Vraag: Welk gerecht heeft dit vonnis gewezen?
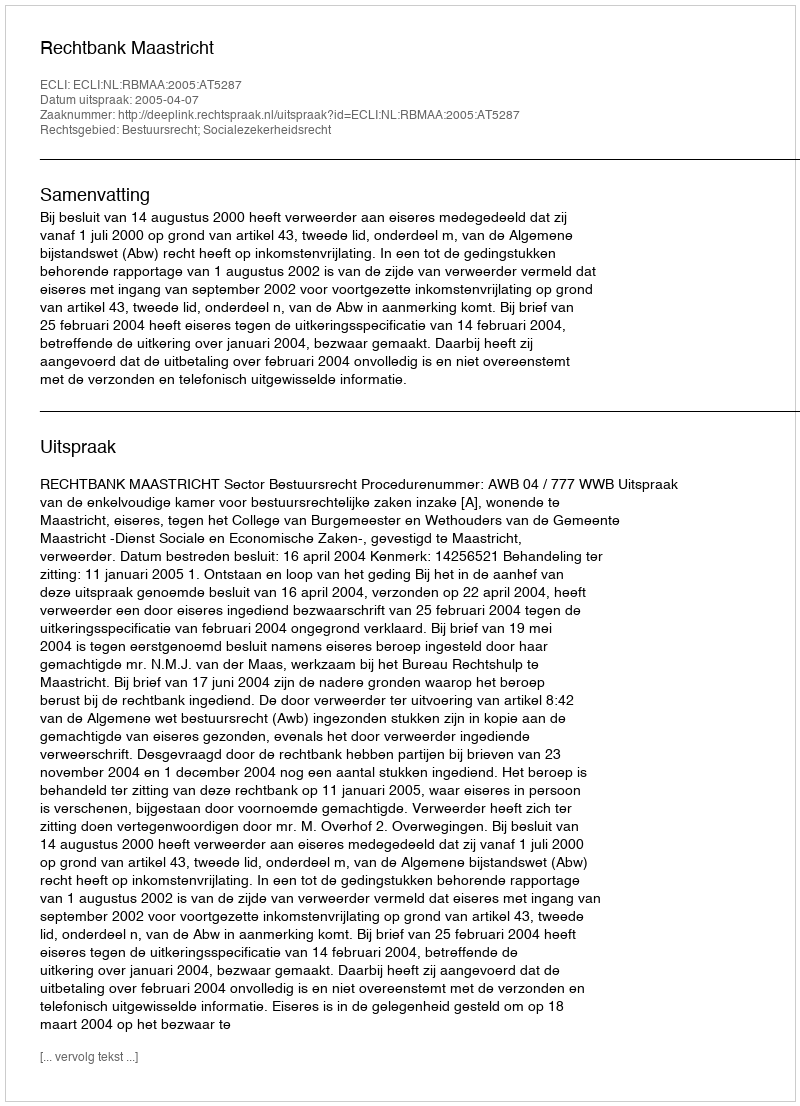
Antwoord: Rechtbank Maastricht